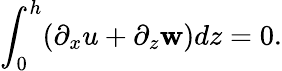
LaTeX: \int_{0}^{h}(\partial_{x}u+\partial_{z}\mathbf{w})dz=0.